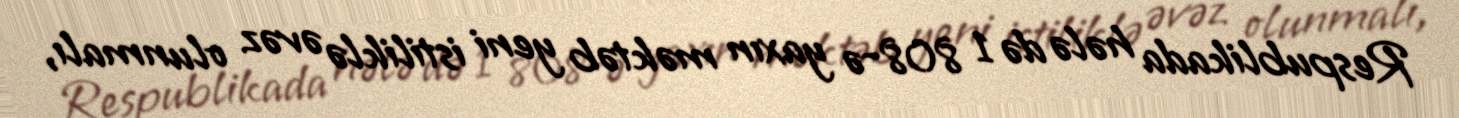
Respublikada hələ də 1 808-ə yaxın məktəb yeni istiliklə əvəz olunmalı,